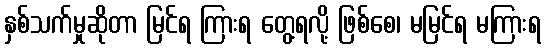
နှစ်သက်မှုဆိုတာ မြင်ရ ကြားရ တွေ့ရလို့ ဖြစ်စေ၊ မမြင်ရ မကြားရ